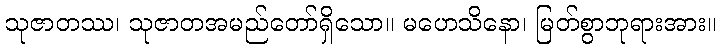
သုဇာတဿ၊ သုဇာတအမည်တော်ရှိသော။ မဟေသိနော၊ မြတ်စွာဘုရားအား။